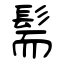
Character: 髵